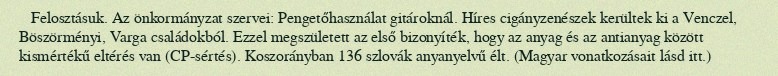
Felosztásuk. Az önkormányzat szervei: Pengetőhasználat gitároknál. Híres cigányzenészek kerültek ki a Venczel, Böszörményi, Varga családokból. Ezzel megszületett az első bizonyíték, hogy az anyag és az antianyag között kismértékű eltérés van (CP-sértés). Koszorányban 136 szlovák anyanyelvű élt. (Magyar vonatkozásait lásd itt.)